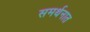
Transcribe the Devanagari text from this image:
समर्थनात